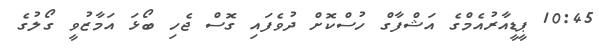
10:45 ޕީޑީއާރުއެމްގެ އަޝްފާގް ހުސްކޮށް ދުވެފައި ގޮސް ޖެހި ބޯޅަ އަމާޒުވީ ގޯލުގެ